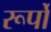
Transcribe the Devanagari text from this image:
रूर्पों